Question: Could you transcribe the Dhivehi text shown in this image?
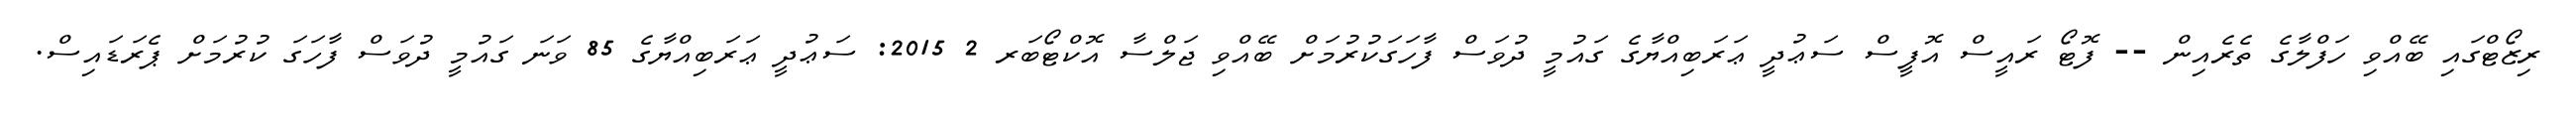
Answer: ރިޒޯޓްގައި ބޭއްވި ހަފްލާގެ ތެރެއިން -- ފޮޓޯ ރައީސް އޮފީސް ސަޢުދީ ޢަރަބިއްޔާގެ ގައުމީ ދުވަސް ފާހަގަކުރުމަށް ބޭއްވި ޖަލްސާ އޮކްޓޯބަރ 2 2015: ސަޢުދީ ޢަރަބިއްޔާގެ 85 ވަނަ ގައުމީ ދުވަސް ފާހަގަ ކުރުމަށް ޕެރަޑައިސް.